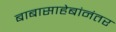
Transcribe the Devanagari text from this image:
बाबासाहेबांनंतर